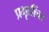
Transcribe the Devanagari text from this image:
प्रभृतींचा